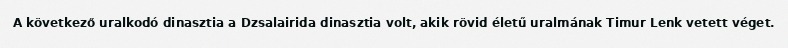
A következő uralkodó dinasztia a Dzsalairida dinasztia volt, akik rövid életű uralmának Timur Lenk vetett véget.